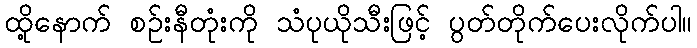
ထို့နောက် စဉ်းနီတုံးကို သံပုယိုသီးဖြင့် ပွတ်တိုက်ပေးလိုက်ပါ။